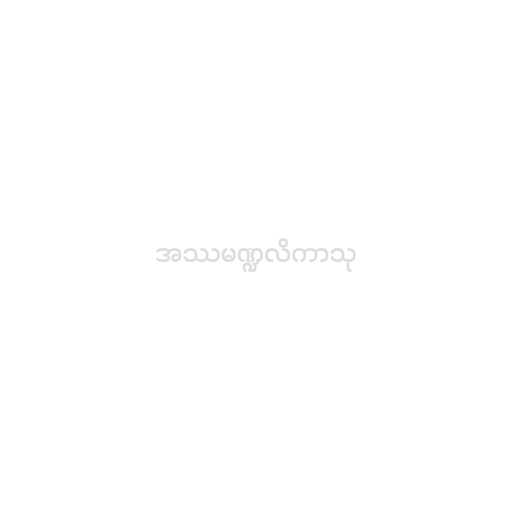
အဿမဏ္ဍလိကာသု